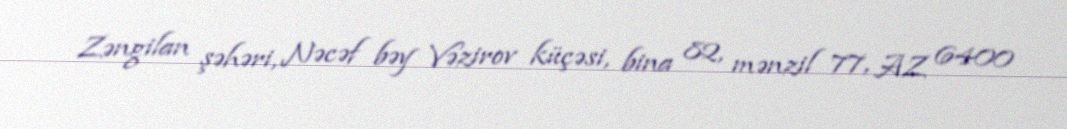
Zəngilan şəhəri, Nəcəf bəy Vəzirov küçəsi, bina 82, mənzil 77, AZ 6400